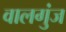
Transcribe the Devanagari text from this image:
वालगुंज